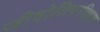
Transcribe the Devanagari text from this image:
जीवोतिपरीक्षण